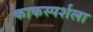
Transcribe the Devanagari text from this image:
काकस्पर्शला